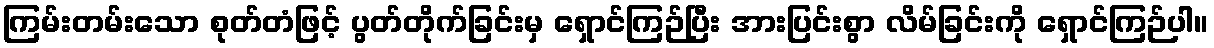
ကြမ်းတမ်းသော စုတ်တံဖြင့် ပွတ်တိုက်ခြင်းမှ ရှောင်ကြဉ်ပြီး အားပြင်းစွာ လိမ်ခြင်းကို ရှောင်ကြဉ်ပါ။